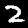
Label: 2